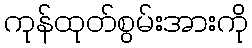
ကုန်ထုတ်စွမ်းအားကို